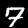
Label: 7